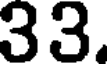
33.